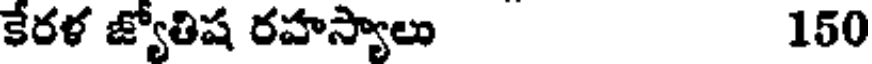
కేరళ జ్యోతిష రహస్యాలు 150